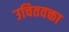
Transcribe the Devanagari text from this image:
उचितवक्ता